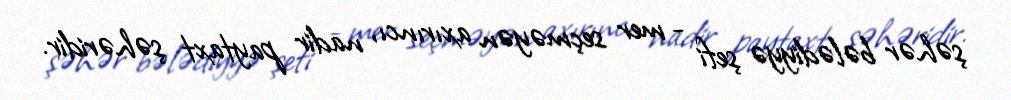
şəhər bələdiyyə şefi - mer seçməyən axırıncı, nadir paytaxt şəhəridir.